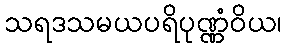
သရဒသမယပရိပုဏ္ဏံဝိယ၊